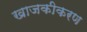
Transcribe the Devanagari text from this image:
खाजकीकरण